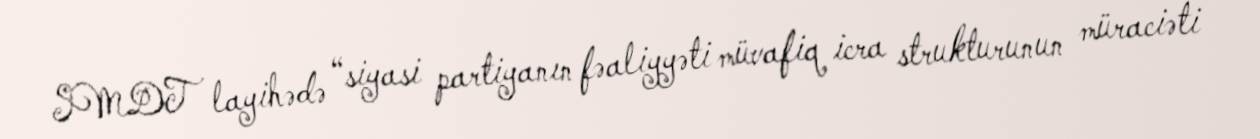
SMDT layihədə “siyasi partiyanın fəaliyyəti müvafiq icra strukturunun müraciəti